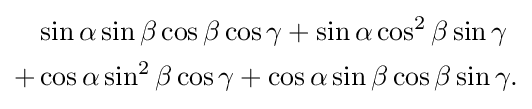
{\begin{aligned}&\sin \alpha \sin \beta \cos \beta \cos \gamma +\sin \alpha \cos ^{2}\beta \sin \gamma \\+{}&\cos \alpha \sin ^{2}\beta \cos \gamma +\cos \alpha \sin \beta \cos \beta \sin \gamma .\end{aligned}}